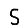
Digit: 5